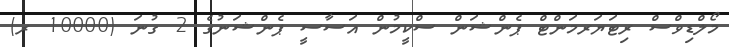
މޯލްޑިވްސް ރިޓަޔަރމަންޓް ޕެންޝަން ސްކީމުން އަސާސީ ޕެންޝަނުގެ 2 ގުނަ (10000 ރ)